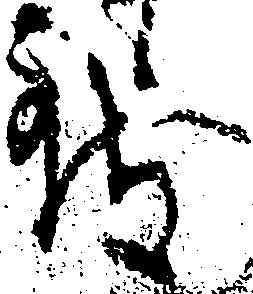
致